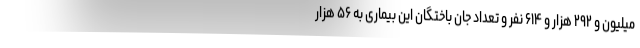
میلیون و ۲۹۲ هزار و ۶۱۴ نفر و تعداد جان باختگان این بیماری به ۵۶ هزار